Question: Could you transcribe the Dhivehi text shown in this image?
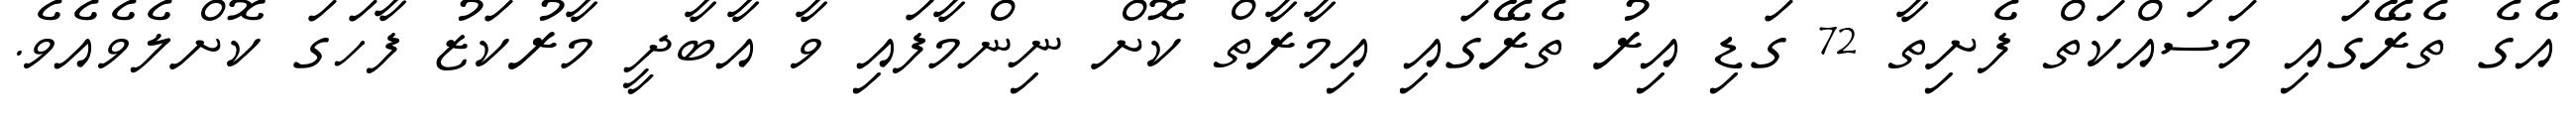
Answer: އެގެ ތެރޭގައި މަސައްކަތް ފެށިތާ 72 ގަޑި އިރު ތެރޭގައި އިމާރާތް ކޮށް ނިންމާފައި ވާ އާބާދީ މާރުކަޒު ފާހަގަ ކޮށްލެވެއެވެ.